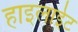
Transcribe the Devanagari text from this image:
हाइलाईट